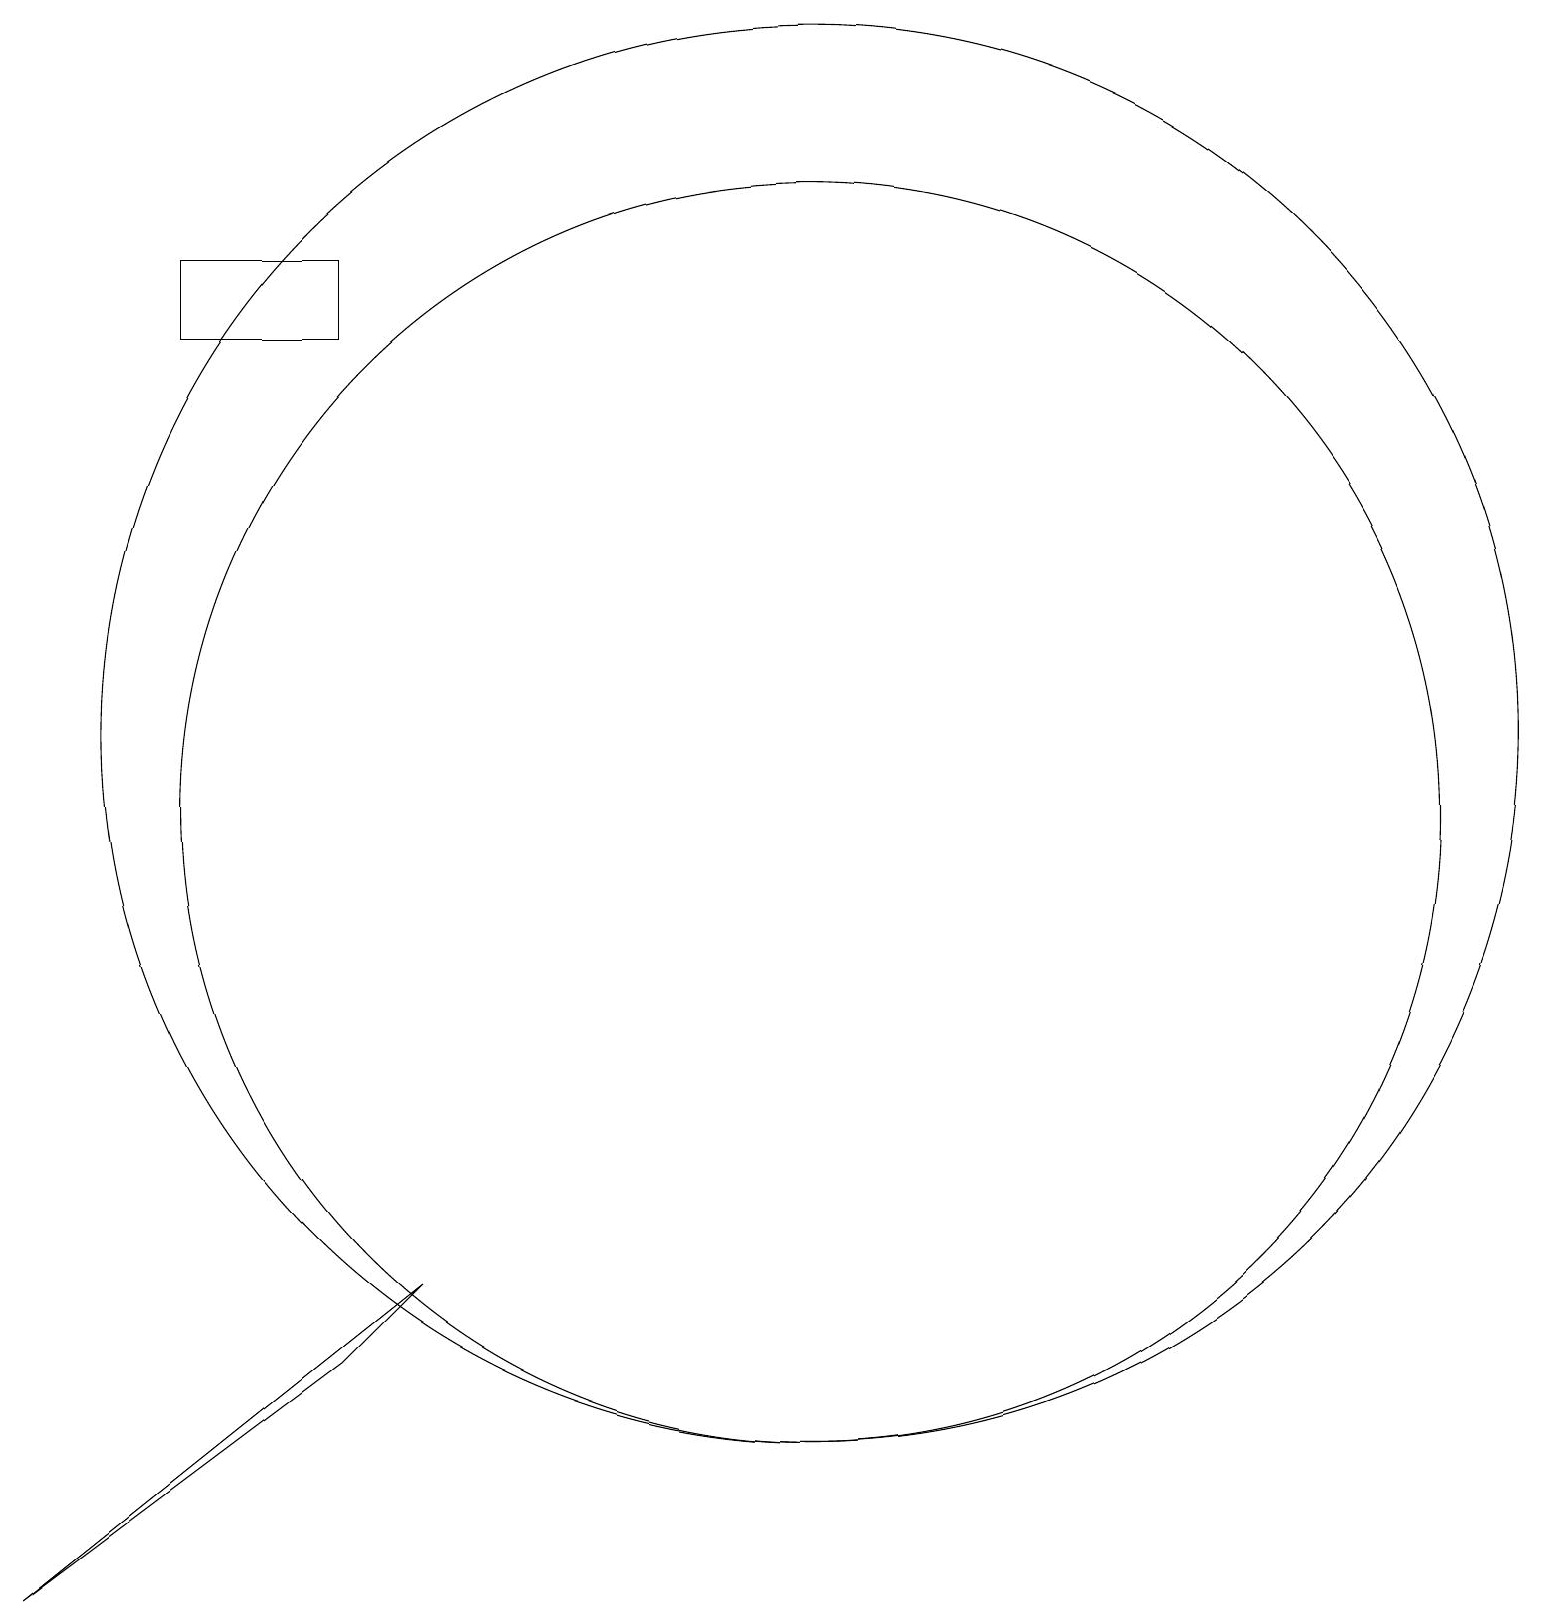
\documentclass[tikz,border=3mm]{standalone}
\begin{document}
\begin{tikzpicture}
\draw (5,3) -- (6,4) -- (1,0) -- cycle;
\draw (3,17) rectangle (5,16);
\draw (11,11) circle (9);
\draw (11,10) circle (8);
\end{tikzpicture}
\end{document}